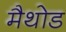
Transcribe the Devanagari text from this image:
मैथोड